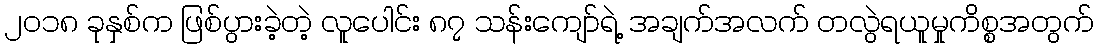
၂၀၁၈ ခုနှစ်က ဖြစ်ပွားခဲ့တဲ့ လူပေါင်း ၈၇ သန်းကျော်ရဲ့ အချက်အလက် တလွဲရယူမှုကိစ္စအတွက်